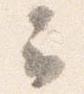
云